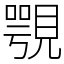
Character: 覨